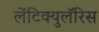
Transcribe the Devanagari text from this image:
लेंटिक्युलॅरिस